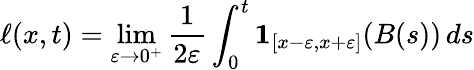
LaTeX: \ell(x,t)=\operatorname*{lim}_{\varepsilon\to 0^{+}}{\frac{1}{2\varepsilon}}\int_{0}^{t}\mathbf{1}_{[x-\varepsilon,x+\varepsilon]}(B(s))\, ds